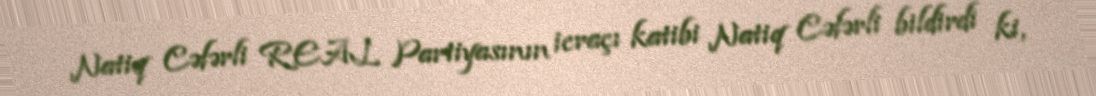
Natiq Cəfərli REAL Partiyasının icraçı katibi Natiq Cəfərli bildirdi ki,